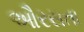
ઔરસતા